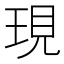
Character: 現